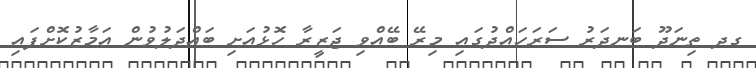
ގދ ތިނަދޫ ބަނދަރު ސަރަހައްދުގައި މިރޭ ބޭއްވި ޖަޒީރާ ހޮޅުއަށި ބައްދަލުވުން އަމާޒުކޮށްފައި